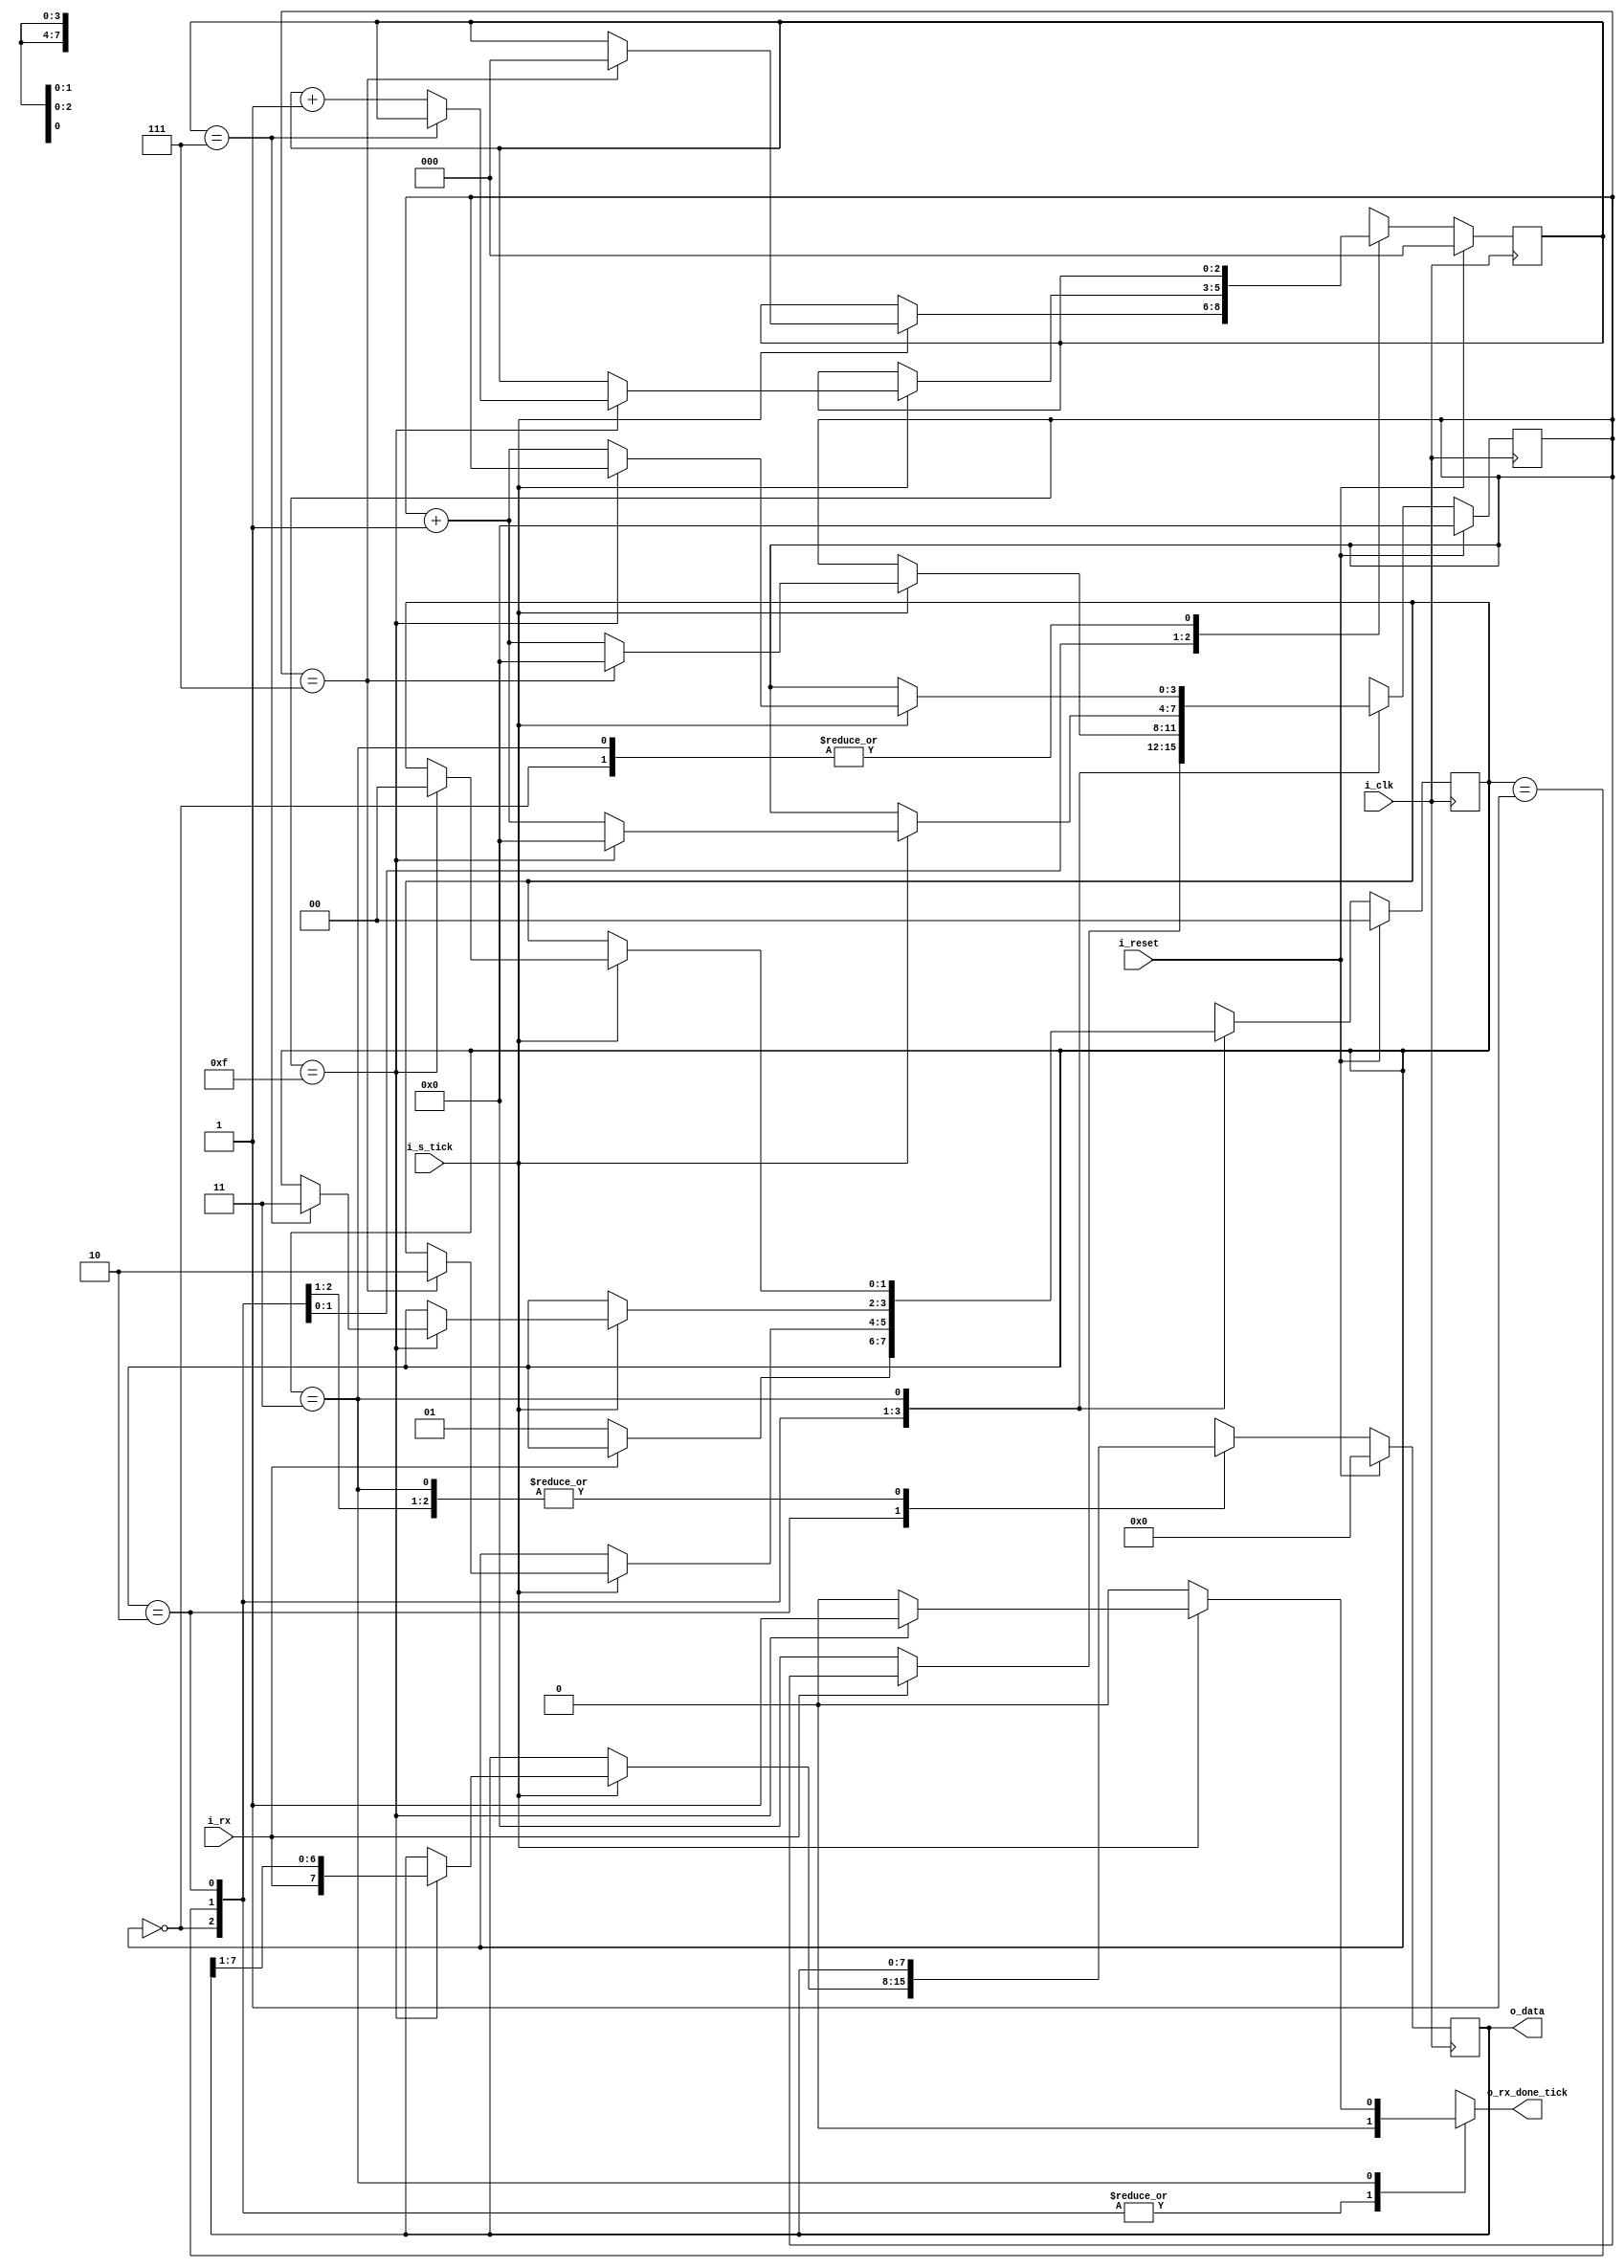
module RX_Uart
#( parameter D_BIT    = 8 , // # data bits
             SB_TICK  = 16  // # ticks for 'stop' bits
 )
 ( input  wire i_clk, i_reset,
   input  wire i_rx, i_s_tick,
   
   output reg  o_rx_done_tick,
   output wire [D_BIT-1:0] o_data
 );

// symbolic state declaration:
   localparam [1:0]
      idle  = 2'b00,
      start = 2'b01,
      data  = 2'b10,
      stop  = 2'b11;

// signal declaration:
   reg [1:0] state_reg, state_next;
   reg [3:0] s_reg, s_next;
   reg [2:0] n_reg, n_next;
   reg [D_BIT-1:0] b_reg, b_next;
   
// body:
// FSMD state & data registers:
   always @(posedge i_clk)
     if(i_reset) begin
        state_reg <= idle;
        s_reg <= 0;
        n_reg <= 0;
        b_reg <='d0;
     end //end_if
     else begin
        state_reg <= state_next;
        s_reg <= s_next;
        n_reg <= n_next;
        b_reg <= b_next;
     end //end_else

// FSMD next-state logic:
   always @(*) begin
     state_next = state_reg;
     o_rx_done_tick = 1'b0;
     s_next = s_reg;
     n_next = n_reg;
     b_next = b_reg;
     
     case (state_reg)
        idle: if(~i_rx) begin
                state_next = start;
                s_next = 0;
              end

        start: if(i_s_tick)
                 if(s_reg == 7) begin
                   state_next = data;
                   s_next = 0;
                   n_next = 0;
                 end
                 else
                   s_next = s_reg+1;

        data: if(i_s_tick)
                if(s_reg == 15) begin
                   s_next = 0;
                   b_next = {i_rx, b_reg[7:1]};
                   if(n_reg == (D_BIT-1))
                      state_next = stop;
                   else
                      n_next = n_reg+1;
                end
                else
                   s_next = s_reg+1;

        stop: if(i_s_tick)
                 if(s_reg == (SB_TICK-1)) begin
                   state_next = idle;
                   o_rx_done_tick = 1'b1;
                 end
                 else
                   s_next = s_reg+1;
     endcase
   end // end_always

// output:
  assign o_data = b_reg;

endmodule